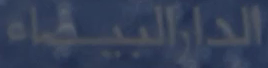
الدارالبيضاء